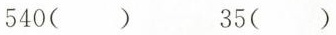
540( ) 35( )